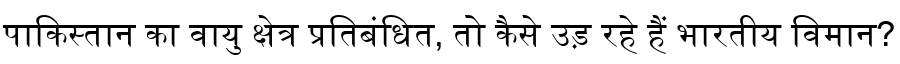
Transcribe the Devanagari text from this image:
पाकिस्तान का वायु क्षेत्र प्रतिबंधित, तो कैसे उड़ रहे हैं भारतीय विमान?